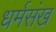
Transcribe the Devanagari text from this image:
धर्मसंख